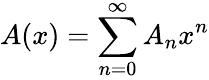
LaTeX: A(x)=\sum_{n=0}^{\infty}A_{n}x^{n}